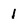
Character: 1